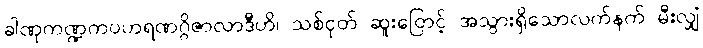
ခါဏုကဏ္ဍကပဟရဏဂ္ဂိဇာလာဒီဟိ၊ သစ်ငုတ် ဆူးငြောင့် အသွားရှိသောလက်နက် မီးလျှံ